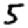
Digit: 5